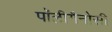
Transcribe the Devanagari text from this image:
पॉलीगैनोसी